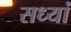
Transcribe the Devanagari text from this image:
सध्यां